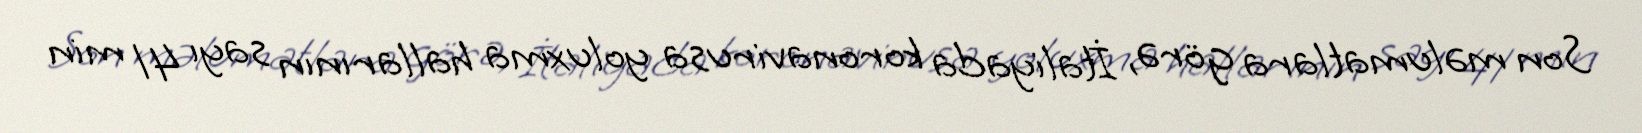
Son məlumatlara görə, İtaliyada koronavirusa yoluxma hallarının sayı 41 min